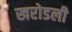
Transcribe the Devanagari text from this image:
खरोडली